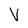
Character: V